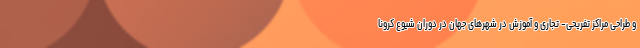
و طراحی مراکز تفریحی- تجاری و آموزش در شهرهای جهان در دوران شیوع کرونا